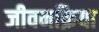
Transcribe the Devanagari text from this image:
जीवनक्रिया